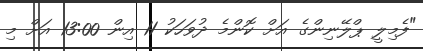
"ފެމިލީ ޕްލޭނިންގެ އަށް ކޮންމެ ދުވަހަކު 11 އިން 13:00 އަށް މި